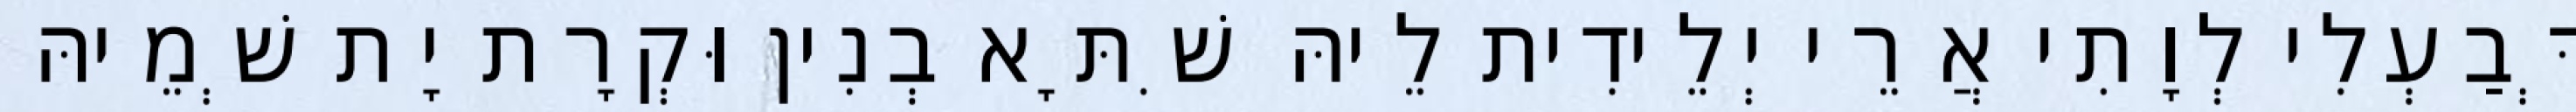
דְּבַעְלִי לְוָתִי אֲרֵי יְלֵידִית לֵיהּ שִׁתָּא בְנִין וּקְרָת יָת שְׁמֵיהּ